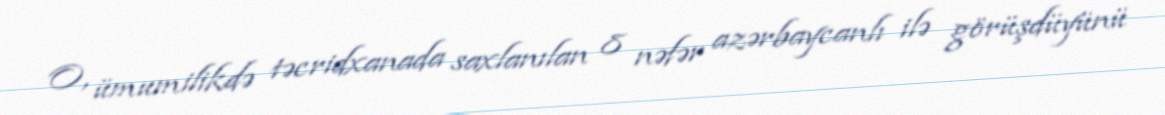
O, ümumilikdə təcridxanada saxlanılan 8 nəfər azərbaycanlı ilə görüşdüyünü